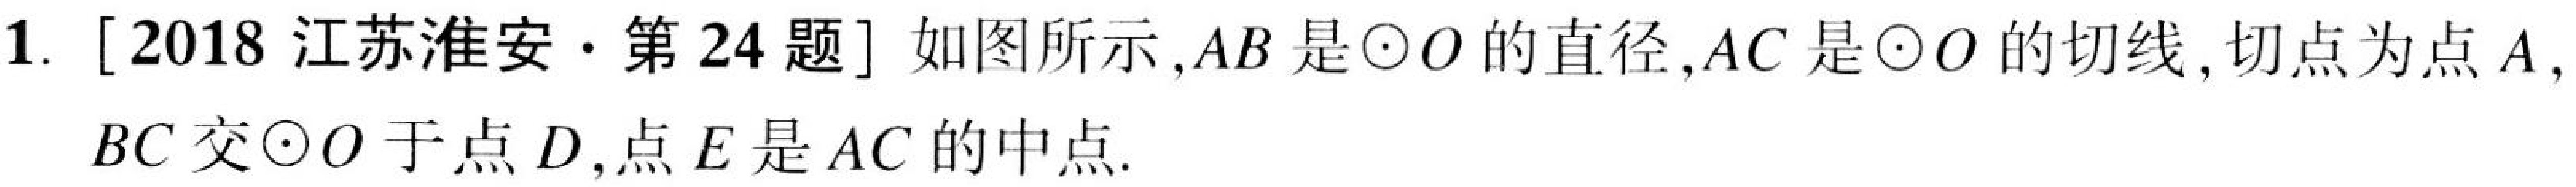
1. [2018 江苏淮安·第 24 题] 如图所示，\(AB\)是\(\odot O\)的直径，\(AC\)是\(\odot O\)的切线，切点为点\(A\)，
\(BC\)交\(\odot O\)于点\(D\)，点\(E\)是\(AC\)的中点.